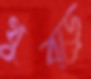
থুব্‌ড়ে